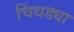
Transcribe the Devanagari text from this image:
चिंधड्या